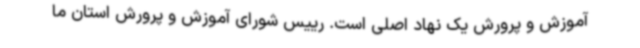
آموزش و پرورش یک نهاد اصلی است. رییس شورای آموزش و پرورش استان ما